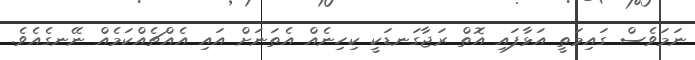
ނަމަވެސް ގައިމަތީ އަޅާފައި އޮތް ރަޖާގަނޑަކީ ކިހިނެއް އެތަނަށް އައި އެއްޗެއްކަމެއް ނޭނގެއެވެ.